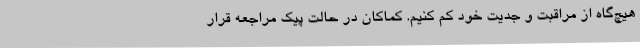
هیچ‌گاه از مراقبت و جدیت خود کم کنیم. کماکان در حالت پیک مراجعه قرار